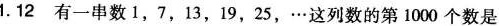
1.12有一串数1，7，13，19，25，…这列数的第1000个数是